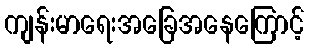
ကျန်းမာရေးအခြေအနေကြောင့်